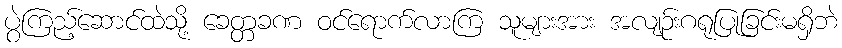
ပွဲကြည့်ဆောင်ထဲသို့ ခေတ္တခဏ ဝင်ရောက်လာကြ သူများအား အလျဉ်းဂရုပြုခြင်းမရှိဘဲ